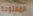
المفتوحة